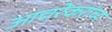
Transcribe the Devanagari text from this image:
आचरेकरांच्य